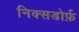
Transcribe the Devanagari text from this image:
निक्सडोर्फ़